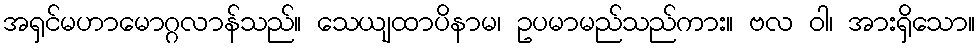
အရှင်မဟာမောဂ္ဂလာန်သည်။ သေယျထာပိနာမ၊ ဥပမာမည်သည်ကား။ ဗလ ဝါ၊ အားရှိသော။